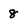
Character: 8